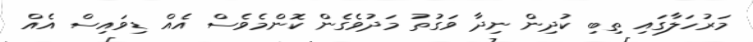
މަރުހަލާގައި ތިބި ކުދިން ނިދާ ވަގުތު މަދުވެގެން ކޮންމެވެސް އެއް ޑިވައިސް އެއް